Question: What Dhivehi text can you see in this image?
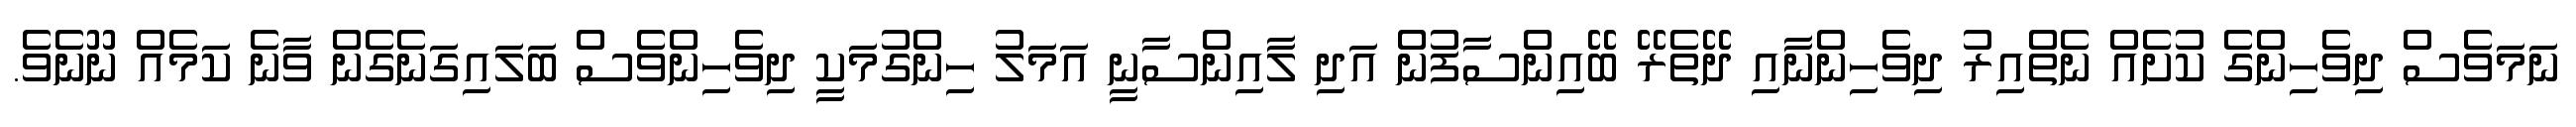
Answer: ނަމަވެސް ދިވެހިންގެ ކުށެއް ނެތްއިރު ދިވެހިންނާއި ދޭތެރޭ ބޭއިންސާފުން އަދި ލާއިންސާނީ އަމަލު ހިންގުމަކީ ދިވެހިންވެސް ބަލައިގަނެގެން ވާނެ ކަމެއް ނޫނެވެ.